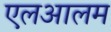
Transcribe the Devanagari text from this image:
एलआलम